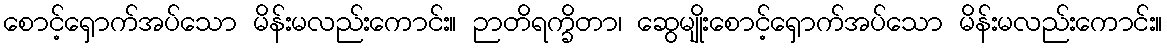
စောင့်ရှောက်အပ်သော မိန်းမလည်းကောင်း။ ဉာတိရက္ခိတာ၊ ဆွေမျိုးစောင့်ရှောက်အပ်သော မိန်းမလည်းကောင်း။